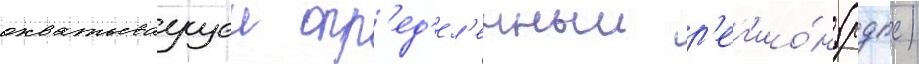
охватываущеи опр'ед'ел'енныи р'ег'ио́н (рдпс)